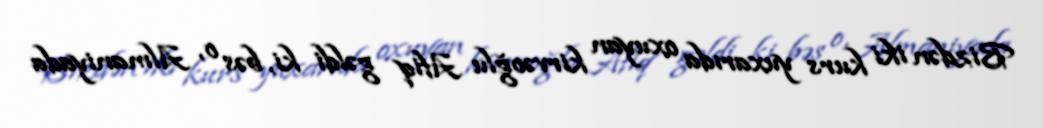
Bizdən iki kurs yuxarıda oxuyan kirvəoğlu Afiq gəldi ki, bəs o, Almaniyada